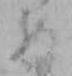
め